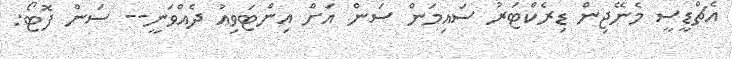
އެޗްޑީސީ މެނޭޖިން ޑިރެކްޓަރު ސައިމަން ސަން އަށް އިންޓަވިއު ދެއްވަނީ-- ސަން ފޮޓޯ: